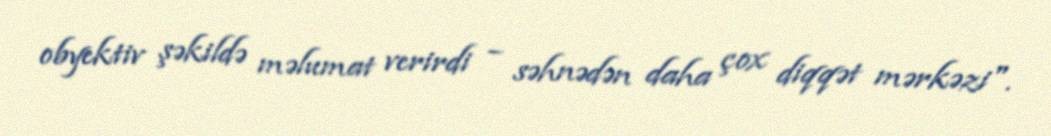
obyektiv şəkildə məlumat verirdi – səhnədən daha çox diqqət mərkəzi".